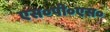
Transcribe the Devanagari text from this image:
एस०पी०एस०